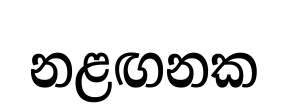
නළඟනක